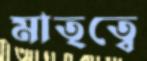
মাতৃত্বে